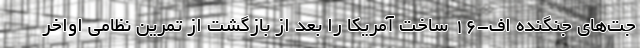
جت‌های جنگنده‌ اف-۱۶ ساخت آمریکا را بعد از بازگشت از تمرین نظامی اواخر